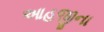
આહજીના